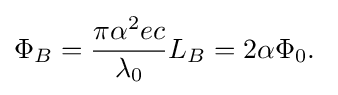
\Phi _{B}={\frac {\pi \alpha ^{2}ec}{\lambda _{0}}}L_{B}=2\alpha \Phi _{0}.\